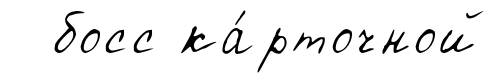
босс ка́рточной